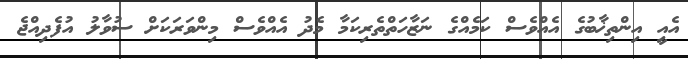
އެއީި އިންތިޚާބުގެ އެއްވެސް ކަމެއްގެ ނަޒާހަތްތެރިކަމާ މެދު އެއްވެސް މިންވަރަކަށް ސުވާލު އުފެދިއްޖެ